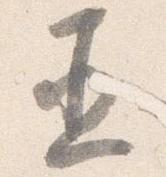
直